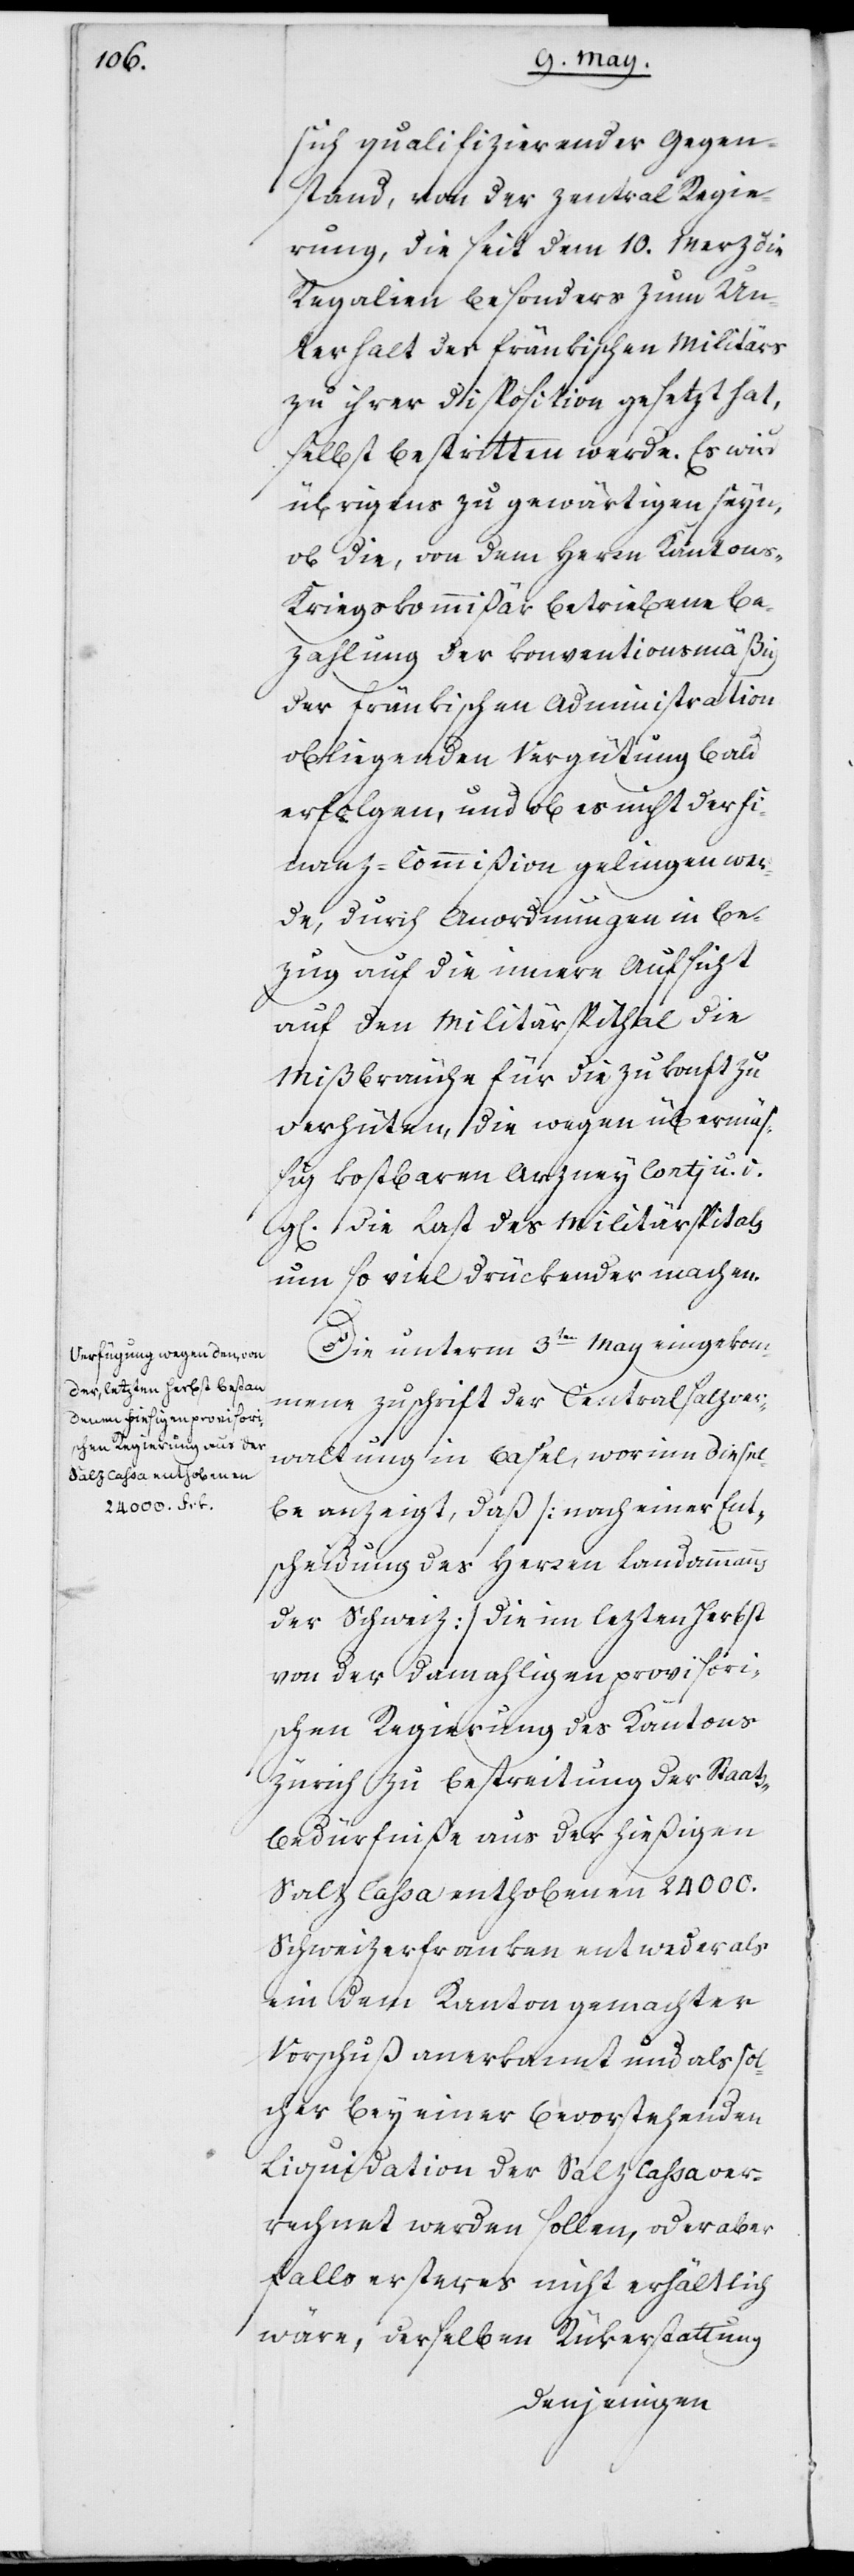
sich qualifizierender Gegen¬
stand, von der Zentral Regie¬
rung, die seit dem 10. Merz die
Regalien besonders zum Un¬
terhalt des fränkischen Militärs
zu ihrer Disposition gesetzt hat,
selbst bestritten werde. Es wird
übrigens zu gewärtigen seyn,
ob die, von dem Herrn Kanton¬
s-Kriegskommißär betriebene Be¬
zahlung der konventionsmäßig
der fränkischen Administration
obliegenden Vergütung bald
erfolgen, und ob es nicht der
Finanz-Commißion gelingen wer¬
de, durch Anordnungen in Be¬
zug auf die innere Aufsicht
auf den Militärspithal die
Mißbräuche für die Zukonft zu
verhüten, die wegen übermäß¬
ig kostbaren Arzneykontj u. d.
gl. die Last des Militärspital¬
s so viel drückender machen.
Die unterm 3ten May eingekom¬
mene Zuschrift der Centralsalzver¬
waltung in Basel, worinn diesel¬
be anzeigt, daß (nach einer Ent¬
scheidung des Herren Landammann
der Schweiz) die im lezten Herbst
von der damahligen provisori¬
schen Regierung des Kantons
Zürich zu Bestreitung der Staat¬
s-Bedürfniße aus der hießigen
Salz Cassa enthobenen 24000.
Schweizerfranken entweder als
ein dem Kanton gemachter
Vorschuß anerkannt und als sol¬
cher bey einer bevorstehenden
Liquidation der Salz Cassa ver¬
rechnet werden sollen, oder aber
falls ersteres nicht erhältlich
wäre, derselben Rükerstattung